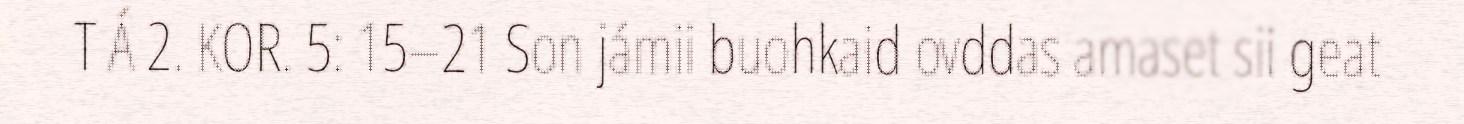
T Á 2. KOR. 5: 15–21 Son jámii buohkaid ovddas amaset sii geat